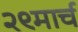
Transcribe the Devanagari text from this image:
२९मार्च